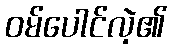
ဝမ်ပေါင်လဲ့၏